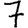
Digit: 7